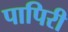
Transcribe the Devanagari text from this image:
पापिरी